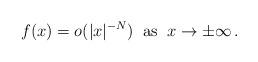
LaTeX: \begin{align*}f(x)=o(|x|^{-N})\;\;\mbox{as}\;\;x\to\pm\infty\,.\end{align*}